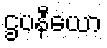
ဌပနီယော